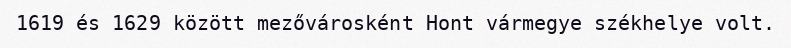
1619 és 1629 között mezővárosként Hont vármegye székhelye volt.